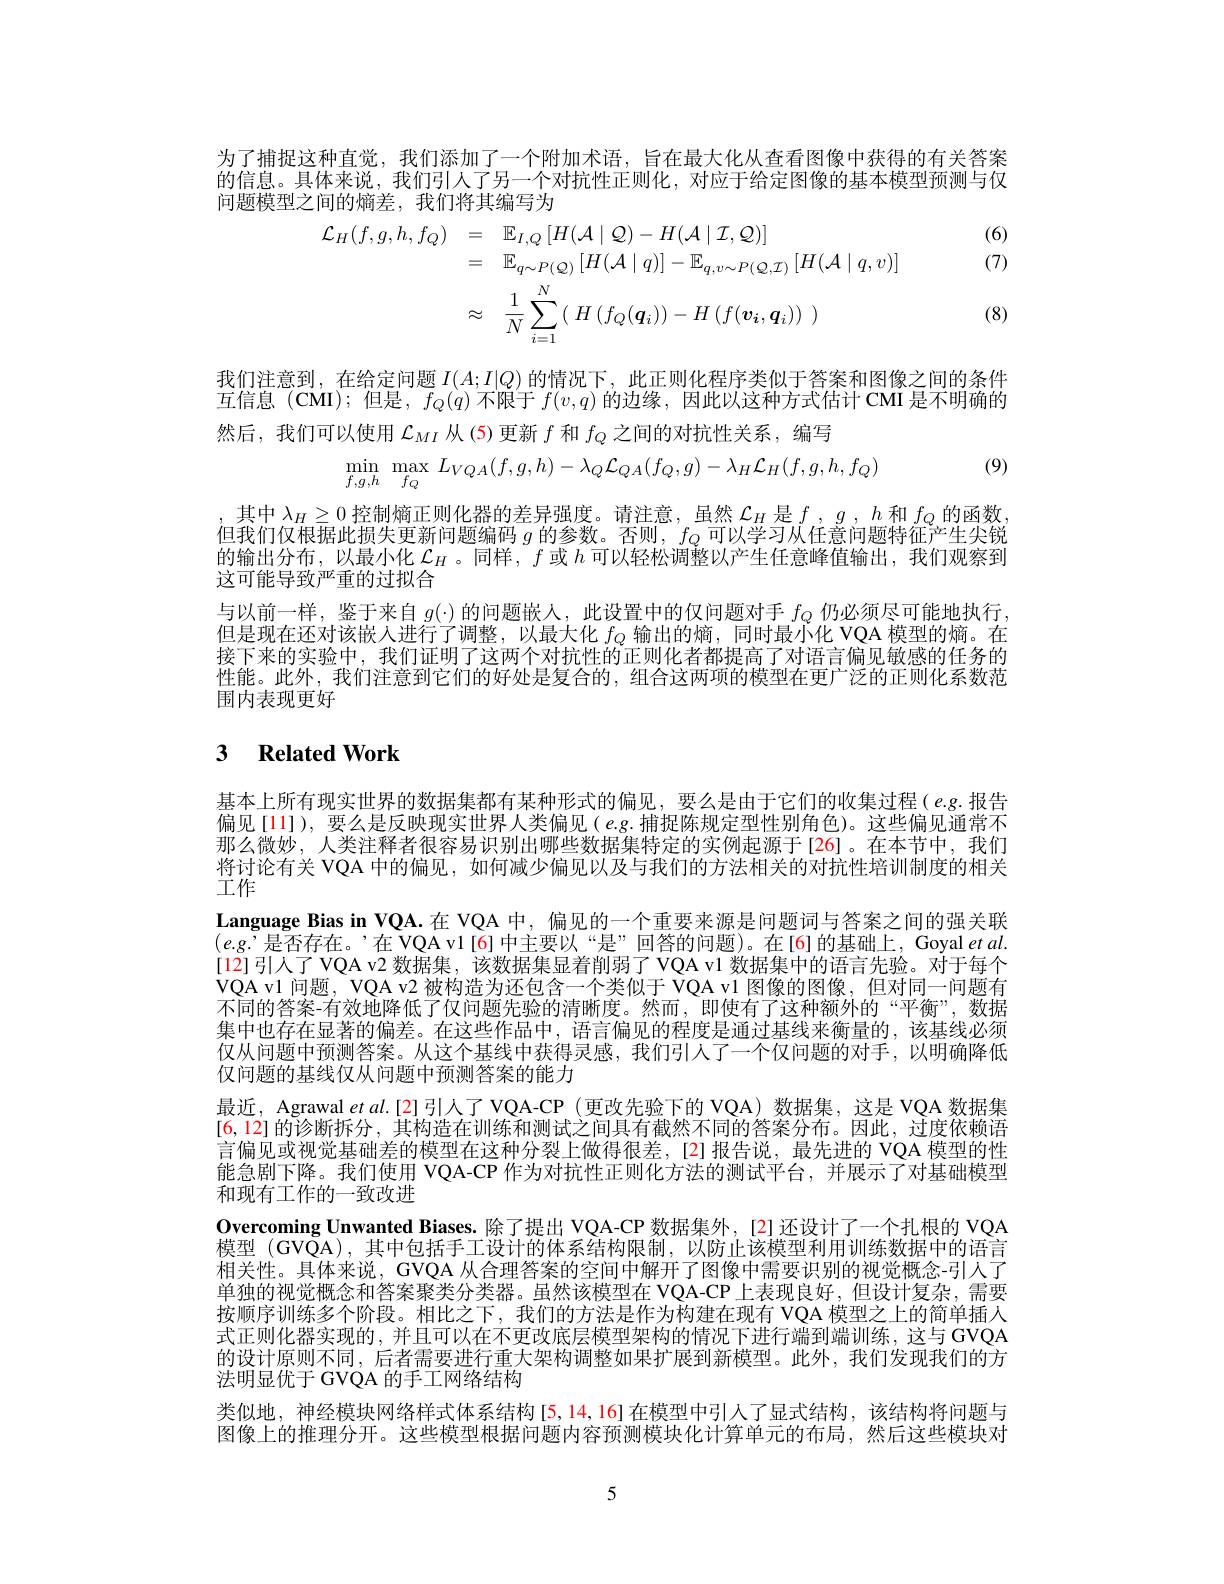
为了捕捉这种直觉，我们添加了一个附加术语，旨在最大化从查看图像中获得的有关答案的信息。具体来说，我们引人了另一个对抗性正则化，对应于给定图像的基本模型预测与仅问题模型之间的熵差，我们将其编写为

(6) (7)
$$\begin{aligned}\mathcal{L}_{H}(f,g,h,f_{Q})&=\quad\mathbb{E}_{I,Q}\left[H(\mathcal{A}\mid\mathcal{Q})-H(\mathcal{A}\mid\mathcal{I},\mathcal{Q})\right]\\&=\quad\mathbb{E}_{q\sim P(Q)}\left[H(\mathcal{A}\mid q)\right]-\mathbb{E}_{q,v\sim P(\mathcal{Q},\mathcal{I})}\left[H(\mathcal{A}\mid q,v)\right]\\&\approx\quad\frac{1}{N}\sum_{i=1}^{N}\left(\:H\left(f_{Q}(\boldsymbol{q}_{i})\right)-H\left(f(\boldsymbol{v}_{\boldsymbol{i}},\boldsymbol{q}_{i})\right)\:\right)\end{aligned}$$
(8)

我们注意到，在给定问题$I(A;I|Q)$的情况下，此正则化程序类似于答案和图像之间的条件互信息 (CMI);但是，$f_Q(q)$不限于$f(v,q)$的边缘，因此以这种方式估计 CMI 是不明确的然后，我们可以使用$\mathcal{L}_{MI}$从(5)更新$f$和$f_Q$之间的对抗性关系，编写
$$\min\limits_{f,g,h}\:\max\limits_{f_Q}\:L_{VQA}(f,g,h)-\lambda_Q\mathcal{L}_{QA}(f_Q,g)-\lambda_H\mathcal{L}_H(f,g,h,f_Q)$$
(9)

,其中$\lambda_H\geq0$控制熵正则化器的差异强度。请注意，虽然$\mathcal{L}_H$是$f,g,h$和$f_Q$的函数， 但我们仅根据此损失更新问题编码$g$的参数。否则 , $f_Q$可以学习从任意问题特征产生尖锐的输出分布，以最小化$\mathcal{L}_H$。同样，$f$或$h$ 可 以 轻 松 调 整 以 产 生 任 意 峰 值 输 出 , 我 们 观 察 到 这可能导致严重的过拟合
与以前一样，鉴于来自$g(\cdot)$的问题嵌人，此设置中的仅问题对手$f_Q$仍必须尽可能地执行， 但是现在还对该嵌人进行了调整，以最大化$f_Q$输出的熵，同时最小化 VQA 模型的熵。在接下来的实验中，我们证明了这两个对抗性的正则化者都提高了对语言偏见敏感的任务的性能。此外，我们注意到它们的好处是复合的，组合这两项的模型在更广泛的正则化系数范围内表现更好

## 3 $\textbf{Related Work}$

基本上所有现实世界的数据集都有某种形式的偏见，要么是由于它们的收集过程($e.g.$报告偏见[11]),要么是反映现实世界人类偏见($e.g.$捕捉陈规定型性别角色)。这些偏见通常不那么微妙，人类注释者很容易识别出哪些数据集特定的实例起源于[26]。在本节中，我们将讨论有关 VQA 中的偏见，如何减少偏见以及与我们的方法相关的对抗性培训制度的相关$\ddot{\text{工作}}$
Language Bias in VQA.在 VQA 中，偏见的一个重要来源是问题词与答案之间的强关联$(e.g.’是否存在。’在VQAv1[6]中主要以“是”回答的问题)。在[6]的基础上，Goyaletal.$ [12]引人了VQA v2 数据集，该数据集显着削弱了VQA v1 数据集中的语言先验。对于每个VQA v1 问题，VQA v2 被构造为还包含一个类似于 VQA v1 图像的图像，但对同一问题有不同的答案-有效地降低了仅问题先验的清晰度。然而，即使有了这种额外的“平衡”,数据集中也存在显著的偏差。在这些作品中，语言偏见的程度是通过基线来衡量的，该基线必须仅从问题中预测答案。从这个基线中获得灵感，我们引人了一个仅问题的对手，以明确降低仅问题的基线仅从问题中预测答案的能力
最近，Agrawal et al.[2] 引人了 VQA-CP (更改先验下的 VQA) 数据集，这是 VQA 数据集$[6,12]\bar{\text{的诊断拆分，其构造在训练和测试之间具有截然不同的答案分布。因此，过度依赖语}}$ 言偏见或视觉基础差的模型在这种分裂上做得很差，[2]报告说，最先进的 VQA 模型的性能急剧下降。我们便用 VQA-CP 作为对抗性正则化方法的测试半台，并展示了对基础模型和现有工作的一致改进
Overcoming Unwanted Biases. 除了提出 VQA-CP 数据集外，[2] 还设计了一个扎根的 VQA 模型 (GVQA),其中包括手工设计的体系结构限制，以防止该模型利用训练数据中的语言相关性。具体来说，GVQA 从合理答案的空间中解开了图像中需要识别的视觉概念-引人了单独的视觉概念和答案聚类分类器。虽然该模型在 VQA-CP 上表现良好，但设计复杂，需要按顺序训练多个阶段。相比之下，我们的方法是作为构建在现有 VQA 模型之上的简单插人式正则化器实现的，并且可以在不更改底层模型架构的情况下进行端到端训练，这与GVQA 的设计原则不同，后者需要进行重大架构调整如果扩展到新模型。此外，我们发现我们的方法明显优于 GVQA 的手工网络结构
类似地，神经模块网络样式体系结构[5,14,16]在模型中引入了显式结构，该结构将问题与图像上的推理分开。这些模型根据问题内容预测模块化计算单元的布局，然后这些模块对

5